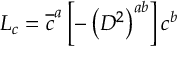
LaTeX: { \cal { L } } _ { c } = \overline { { { c } } } ^ { a } \left[ - \left( D ^ { 2 } \right) ^ { a b } \right] c ^ { b }